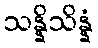
သန္နိသိန္နံ